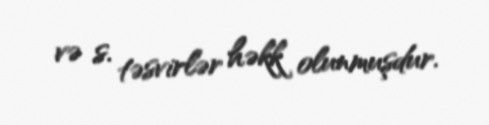
və s. təsvirlər həkk olunmuşdur.